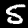
Label: 5